Indian journal of veterinary science and animal husbandry - Volume 6,
Year: 1936
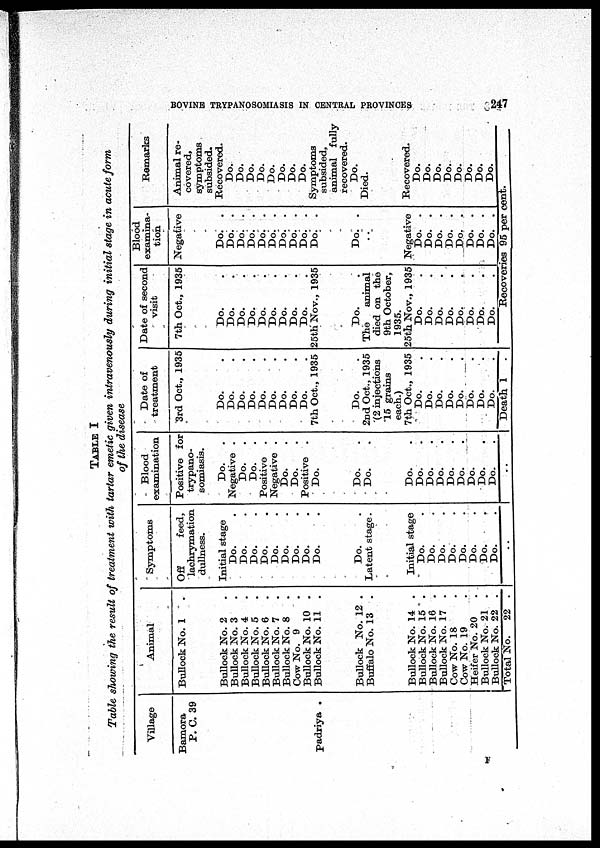
BOVINE TRYPANOSOMIASIS IN CENTRAL PROVINCES
247
TABLE I
Table showing the result of treatment with tartar emetic given intravenously during initial stage in acute form
of the disease
Village
Bamora
P. C. 39
padriya .
Animal
Bullock No. 1 .
Bullock No. 2 .
Bullock No. 3 .
Bullock No. 4 .
Bullock No. 5 .
Bullock No. 6 .
Bullock No. 7 .
Bullock No. 8 .
Cow No. 9 .
Bullock No. 10 .
Bullock No. 11 .
Bullock No. 12 .
Buffalo No. 13 .
Bullock No. 14 .
Bullock No. 15 .
Bullock No. 16 .
Bullock No. 17 .
Cow No. 18 .
Cow No. 19 .
Heifer No. 20 .
Bullock No. 21 .
Bullock No. 22 .
Total No. 22 .
Symptoms
Off
feed,
lachrymation
dullness.
Initial stage
Do. .
Do. .
Do. .
Do. .
Do. .
Do. .
Do. .
Do. .
Do. .
Do. .
Latent stage.
Initial stage
Do. .
Do. .
Do. .
Do. .
Do. .
Do. .
Do. .
Do. .
..
Blood
examination
Positive for
trypano-
somiasis.
Do.
.
Negative .
Do. .
Do. .
Positive .
Negative .
Do. .
Do. .
Positive .
Do. .
Do. .
Do. .
Do. .
Do. .
Do. .
Do. .
Do. .
Do. .
Do. .
Do. .
Do. .
..
Date of
treatment
3rd Oct., 1935
Do. .
Do. .
Do. .
Do. .
Do. .
Do. .
Do. .
Do. .
Do. .
7th Oct., 1935
Do. .
2nd Oct., 1935
(2 injections
15 grains
each.)
7th Oct., 1935
Do. .
Do. .
Do. .
Do. .
Do. .
Do. .
Do. .
Do. .
Death 1
Date of second
visit
7th Oct., 1935
Do. .
Do. .
Do. .
Do. .
Do. .
Do. .
Do. .
Do. .
Do. .
25th Nov., 1935
Do. .
The
animal
died on the
9th October,
1935.
25th Nov., 1935
Do. .
Do. .
Do. .
Do. .
Do. .
Do. .
Do. .
Do. .
Blood
examina-
tion
Negative
Do.
.
Do.
.
Do.
.
Do.
.
Do.
.
Do.
.
Do.
.
Do.
.
Do.
.
Do.
.
Do.
.
..
Negative
Do.
.
Do.
.
Do.
.
Do.
.
Do.
.
Do.
.
Do.
.
Do.
.
Remarks
Animal re-
covered,
symptoms
subsided.
Recovered.
Do.
Do.
Do.
Do.
Do.
Do.
Do.
Do.
Symptoms
subsided,
animal fully
recovered.
Do.
Died.
Recovered.
Do.
Do.
Do.
Do.
Do.
Do.
Do.
Do.
Recoveries 95 per cent.